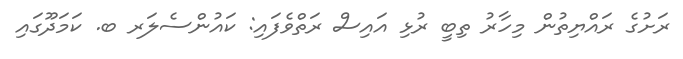
ރަށުގެ ރައްޔިތުން މިހާރު ތިބީ ރުޅި އައިސް ރަތްވެފައި: ކައުންސެލަރ ބ. ކަމަދޫގައި